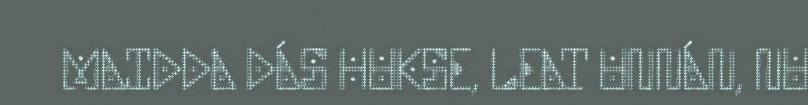
MAIDDA DÁS HUKSE, LEAT UNNÁN, NU